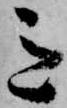
意